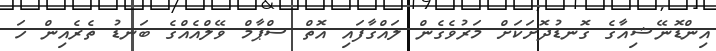
އިންޑޮނޭޝިއާގެ ގޮނޑުދޮށަކަށް މަރުވެގެން ލައްގާފައި އޮތް ސްޕާމް ވޭލްއެއްގެ ބަނޑު ތެރެއިން ހަ